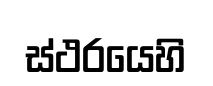
ස්ථරයෙහි